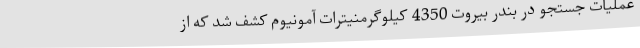
عملیات جستجو در بندر بیروت 4350 کیلوگرمنیترات آمونیوم کشف شد که از